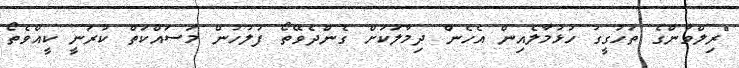
"ރިލްވާންގެ ތަހުގީގު ހުޅުމާލެއިން އެހެން ދިމާލަަކަށް ގެންދެވޭތޯ ފުލުހުން މަސައްކަތް ކުރަނީ ކީއްވެތޯ